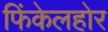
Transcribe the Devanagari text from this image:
फिंकेलहोर